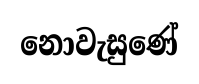
නොවැසුණේ